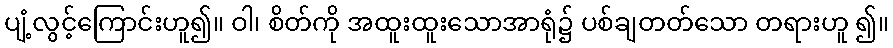
ပျံ့လွင့်ကြောင်းဟူ၍။ ဝါ၊ စိတ်ကို အထူးထူးသောအာရုံ၌ ပစ်ချတတ်သော တရားဟူ ၍။